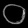
Digit: ၀